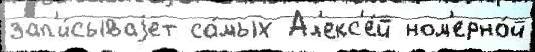
зап'и́сываjет са́мых Ал'екс'е́й ном'ерно́й